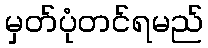
မှတ်ပုံတင်ရမည်